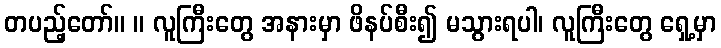
တပည့်တော်။ ။ လူကြီးတွေ အနားမှာ ဖိနပ်စီး၍ မသွားရပါ၊ လူကြီးတွေ ရှေ့မှာ